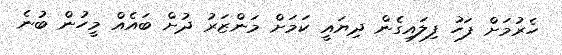
ހެރުމަށް ފަހު ފިލައިގެން ދިޔައީ ކަމަށް މަންޒަރު ދުށް ބައެއް މީހުން ބުނެ